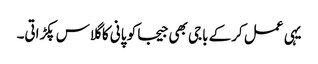
یہی عمل کرکے باجی بھی جیجا کو پانی کا گلاس پکڑاتی۔